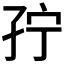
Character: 𰌥